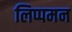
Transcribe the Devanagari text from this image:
लिप्पमन